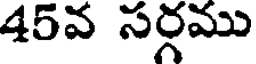
45వ సర్గము